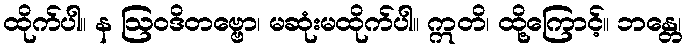
ထိုက်ပါ။ န ဩဝဒိတဗ္ဗော၊ မဆုံးမထိုက်ပါ။ ဣတိ၊ ထို့ကြောင့်။ ဘန္တေ၊